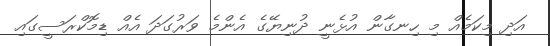
އަދި މިކަމެއް މި ހިނގާން އުޅެނީ ދުނިޔޭގެ އެންމެ ވަރުގަދަ އެއް ޑިމޮކްރަސީގައި